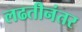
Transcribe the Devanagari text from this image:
लढतीनंतर